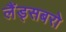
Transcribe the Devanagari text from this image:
लैंड्सबरो